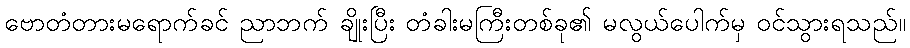
ဗောတံတားမရောက်ခင် ညာဘက် ချိုးပြီး တံခါးမကြီးတစ်ခု၏ မလွယ်ပေါက်မှ ဝင်သွားရသည်။